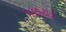
પછટાડ